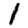
Digit: 1